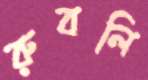
রুবলি